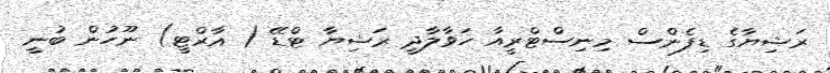
ރަޝިޔާގެ ޑިފެންސް މިނިސްޓްރީއާ ހަވާލާދީ ރަޝިޔާ ޓްޑޭ ( އާރްޓީ) ނޫހުން ބުނީ